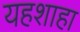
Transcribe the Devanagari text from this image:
यहशाहा